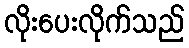
လိုးပေးလိုက်သည်